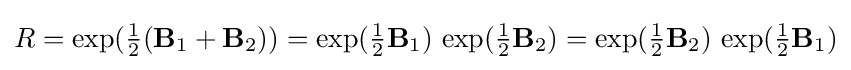
R=\exp({\tfrac {1}{2}}(\mathbf {B} _{1}+\mathbf {B} _{2}))=\exp({\tfrac {1}{2}}\mathbf {B} _{1})\,\exp({\tfrac {1}{2}}\mathbf {B} _{2})=\exp({\tfrac {1}{2}}\mathbf {B} _{2})\,\exp({\tfrac {1}{2}}\mathbf {B} _{1})